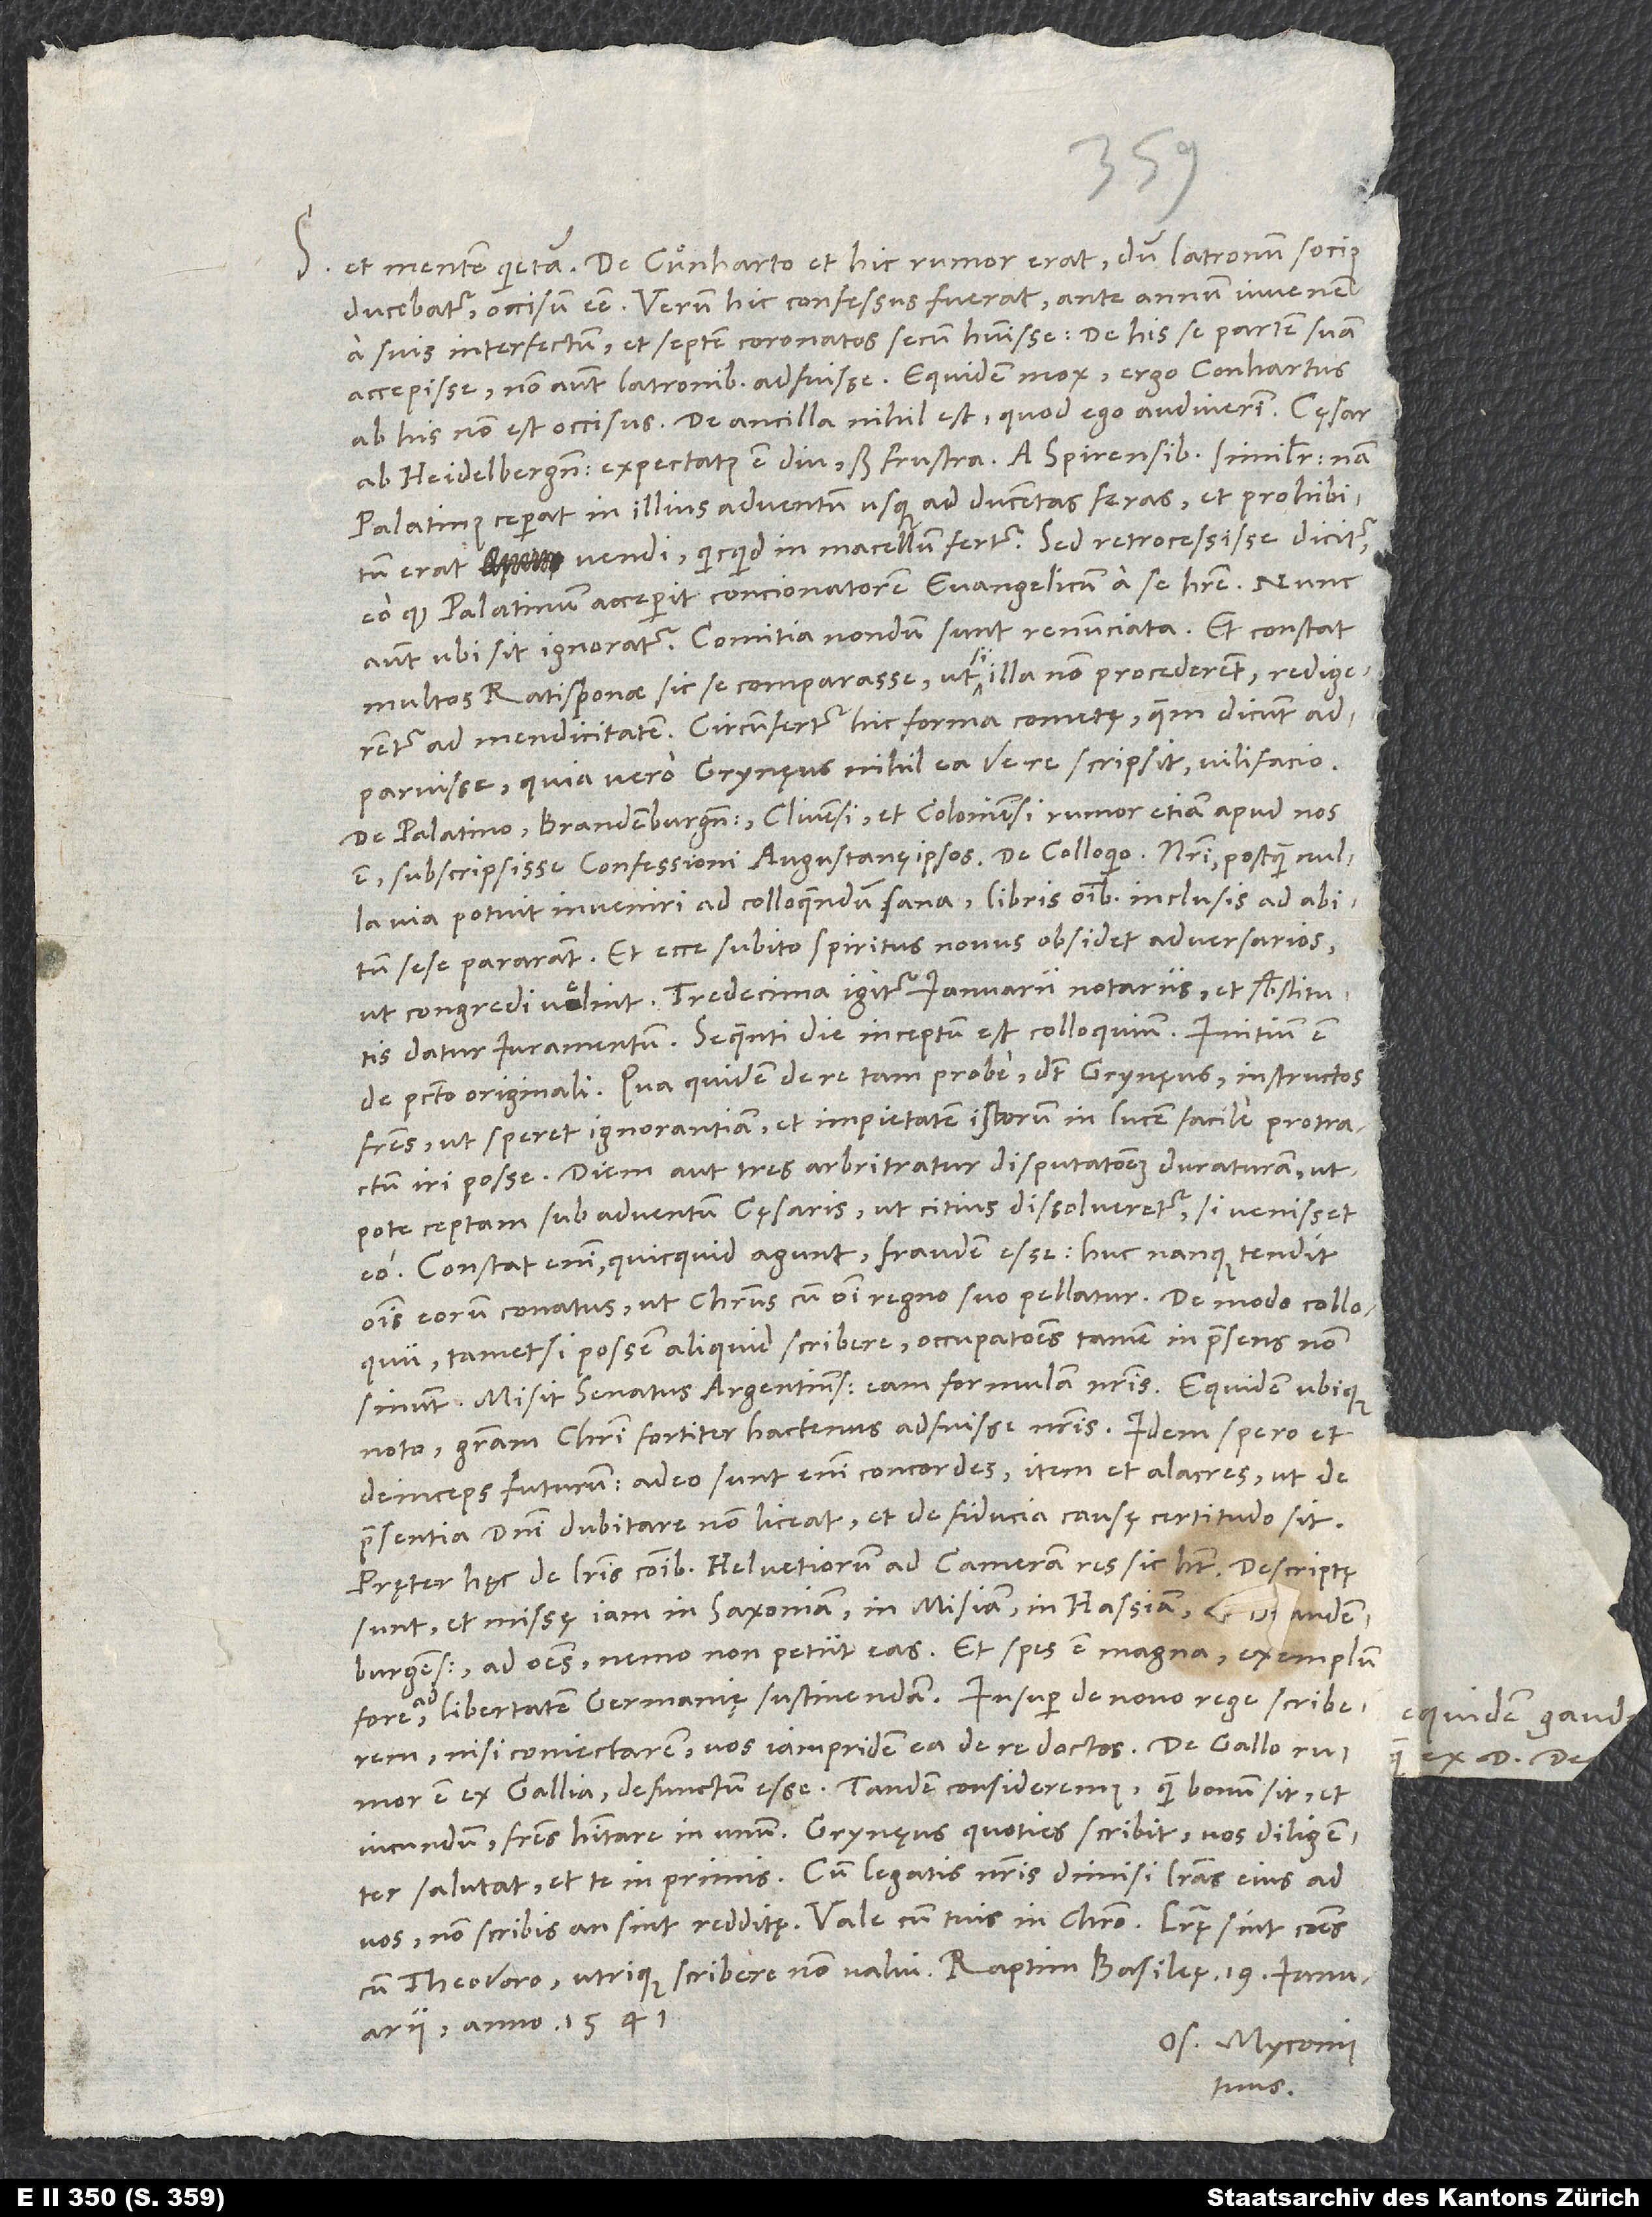
S.

De Cuͦnharto et hic rumor erat, dum latronum socius
ducebatur, occisum esse. Verum hic confessus fuerat, ante annum iuvenem
a suis interfectum et septem coronatos secum habuisse, de his se partem suam
accepisse, non autem latronibus adfuisse. Equidem mox: „Ergo Conhartus
ab his non est occisus.“ De ancilla nihil est, quod ego audiverim.
ab Heidelbergensibus expectatus est diu, sed frustra, a Spirensibus similiter; nam
Palatinus ceperat in illius adventum usque ad ducentas feras, et prohibitum
erat vendi, quicquid in macellum fertur. Sed retrocessisse dicitur,
eo quod Palatinum acceperit concionatorem evangelicum a se habere; nunc
multos Ratisponae sic se comparasse, ut, si illa non procederent, redigerentur
ad mendicitatem. Circumfertur hic forma cometę, quem dicunt
adparuisse; quia vero Grynęus nihil ea de re scripsit, vilifacio.
De Palatino, Brandenburgensi, Clivensi et Coloniensi rumor etiam apud nos
via potuit inveniri ad colloquendum sana, libris omnibus inclusis ad abitum
sese pararant. Et ecce subito spiritus novus obsidet adversarios,
ut congredi velint. Tredecima igitur ianuarii notariis et substitutis
datur iuramentum; sequenti die inceptum est colloquium. Initium est
de peccato originali. Qua quidem de re tam probe, dicit Grynęus, instructos
fratres, ut speret ignorantiam et impietatem istorum in lucem facile protractum
iri posse. Diem aut tres arbitratur disputationem duraturam
utpote ceptam sub adventum cęsaris, ut citius dissolveretur, si venisset
eo. Constat enim, quicquid agunt, fraudem esse; huc nanque tendit
tametsi possem aliquid scribere, occupationes tamen in praesens non
noto gratiam Christi fortiter hactenus adfuisse nostris. Idem spero et
deinceps futurum; adeo sunt enim concordes, item et alacres, ut de
praesentia domini dubitare non liceat et de fiducia causę certitudo sit.
Pręter hęc de literis communibus Helvetiorum ad cameram res sic habet: Descriptę
sunt et missę iam in Saxoniam, in Misiam, in Hassiam, ad Brandenburgens,
ad omnes; nemo non petiit eas, et spes est magna exemplum
nisi coniectarem vos iam pridem ea de re doctos.
rumor est ex Gallia defunctum esse. Tandem consideremus, quam bonum sit et
iucundum fratres habitare in unum. Grynęus quoties scribit, vos diligenter
salutat et te inprimis. Cum legatis nostris dimisi literas eius ad
vos; non scribis, an sint redditę. Vale cum tuis in Christo. Literę sint communes
Os. Myconius
tuus.